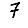
Digit: 7